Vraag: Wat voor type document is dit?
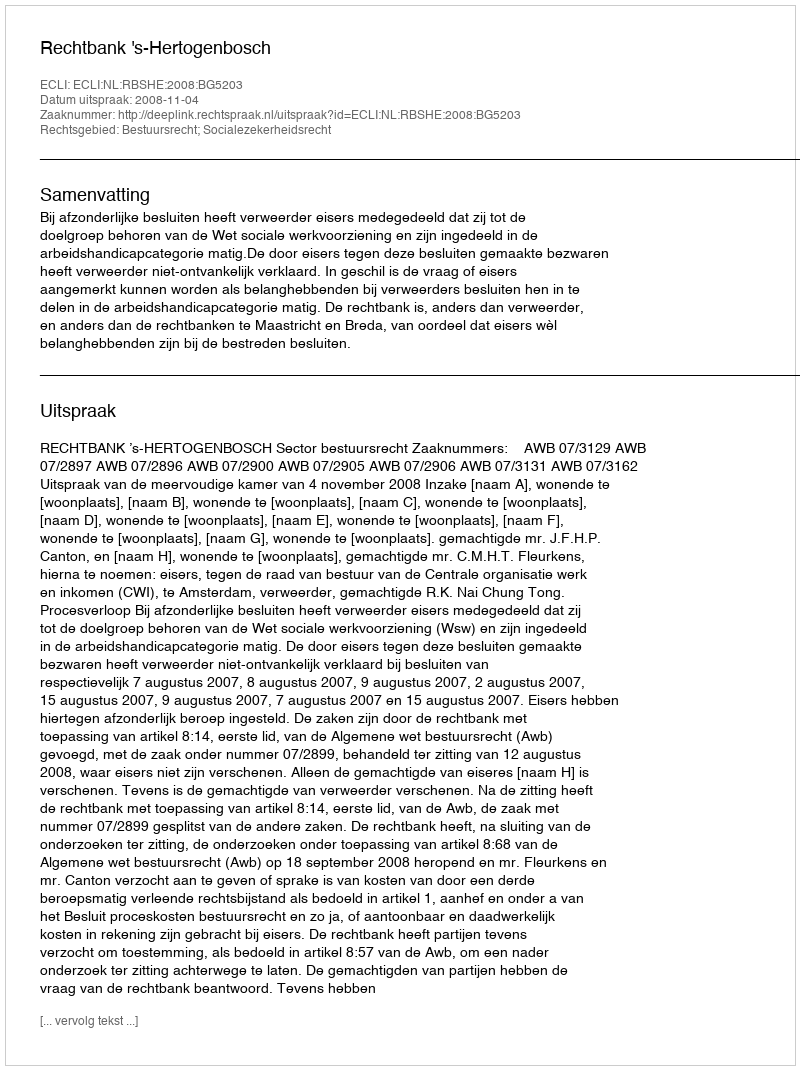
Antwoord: Uitspraak